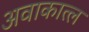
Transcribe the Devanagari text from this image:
अवाकात्ल